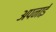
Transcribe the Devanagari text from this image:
अपनाईं